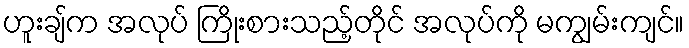
ဟူးချ်က အလုပ် ကြိုးစားသည့်တိုင် အလုပ်ကို မကျွမ်းကျင်။